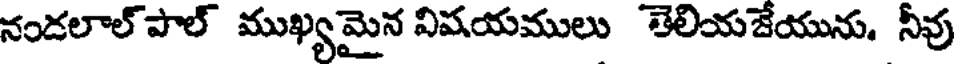
నండలాల్ పాల్ ముఖ్యమైన విషయములు తెలియజేయును. నీవు